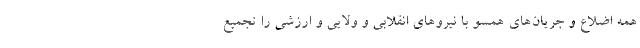
همه اضلاع و جریان‌های همسو با نیروهای انقلابی و ولایی و ارزشی را تجمیع